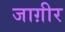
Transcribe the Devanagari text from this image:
जाग़ीर